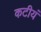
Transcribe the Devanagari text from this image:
कटीयं